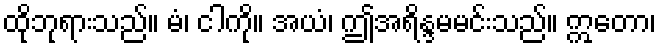
ထိုဘုရားသည်။ မံ၊ ငါကို။ အယံ၊ ဤအရိန္ဒမမင်းသည်။ ဣတော၊